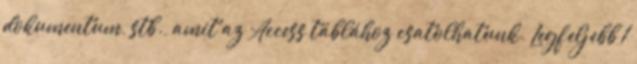
dokumentum, stb., amit az Access táblához csatolhatunk. Legfeljebb 1